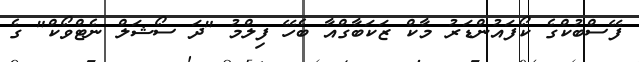
ފޭސްބުކްގެ ކޯފައުންޑަރު މާކް ޒަކަބާގްއާ ބެހޭ ފިލްމު "ދަ ސޯޝަލް ނެޓްވޯކް" ގެ